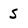
Character: 5